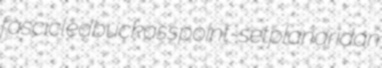
fascicled buckass point-set planaridan